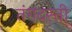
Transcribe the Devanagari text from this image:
तंगदस्ती